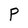
Character: P